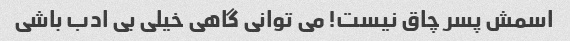
اسمش پسر چاق نیست! می توانی گاهی خیلی بی ادب باشی